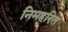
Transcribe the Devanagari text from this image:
निमहरित